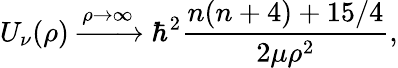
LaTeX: U_{\nu}(\rho)\xrightarrow{\rho\to\infty}\hbar^{2}\frac{n(n+4)+15/4}{2\mu\rho^{2}},